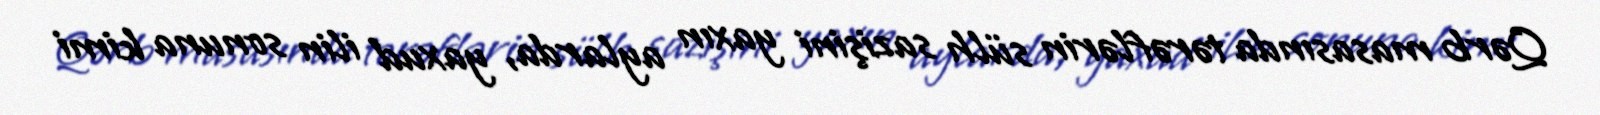
Qərb masasında tərəflərin sülh sazişini yaxın aylarda, yaxud ilin sonuna kimi